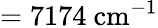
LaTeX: =7174~\mathrm{{cm^{-1}}}